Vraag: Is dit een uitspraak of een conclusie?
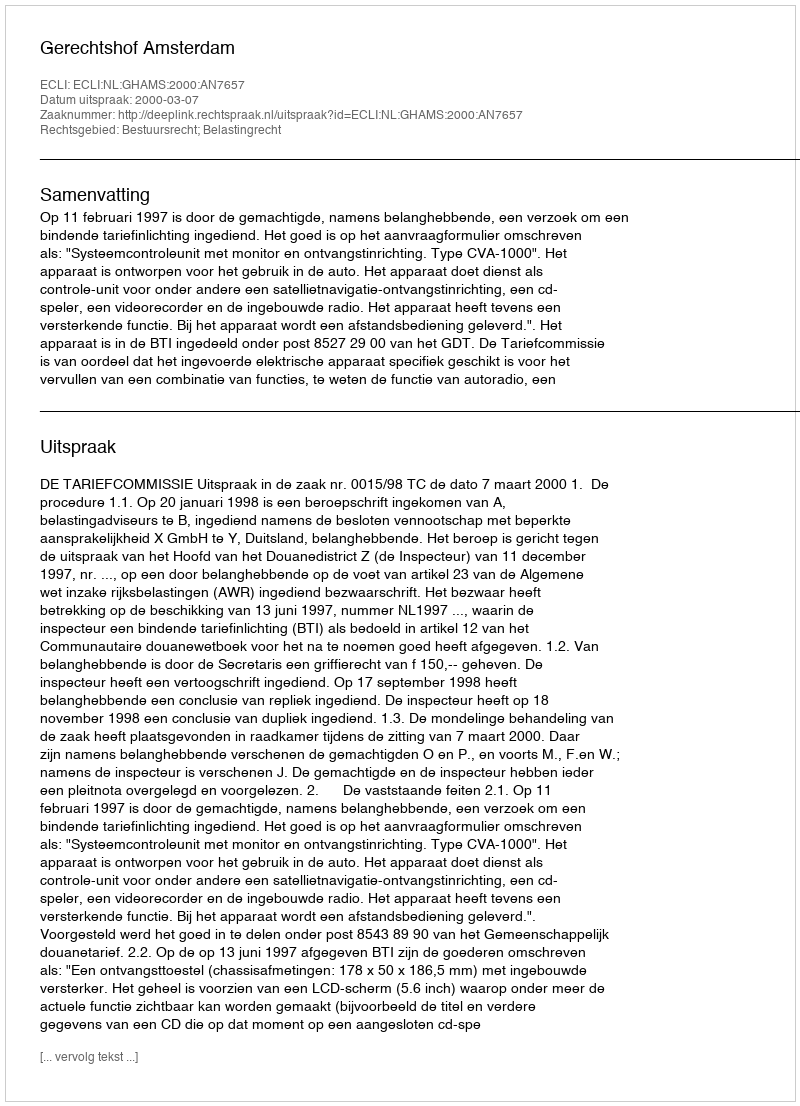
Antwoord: Uitspraak